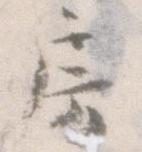
房